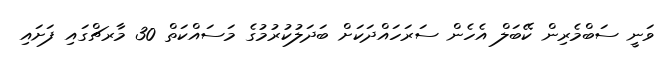
ވަނީ ސަބްމެރިން ކޭބަލް އެހެން ސަރަހައްދަކަށް ބަދަލުކުރުމުގެ މަސައްކަތް 30 މާރޗްގައި ފަށައި